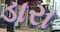
ડારા